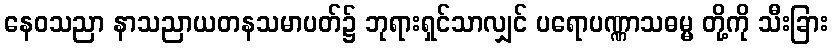
နေဝသညာ နာသညာယတနသမာပတ်၌ ဘုရားရှင်သာလျှင် ပရောပဏ္ဏာသဓမ္မ တို့ကို သီးခြား